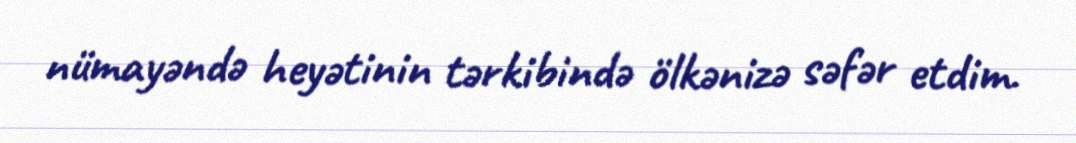
nümayəndə heyətinin tərkibində ölkənizə səfər etdim.